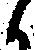
ん